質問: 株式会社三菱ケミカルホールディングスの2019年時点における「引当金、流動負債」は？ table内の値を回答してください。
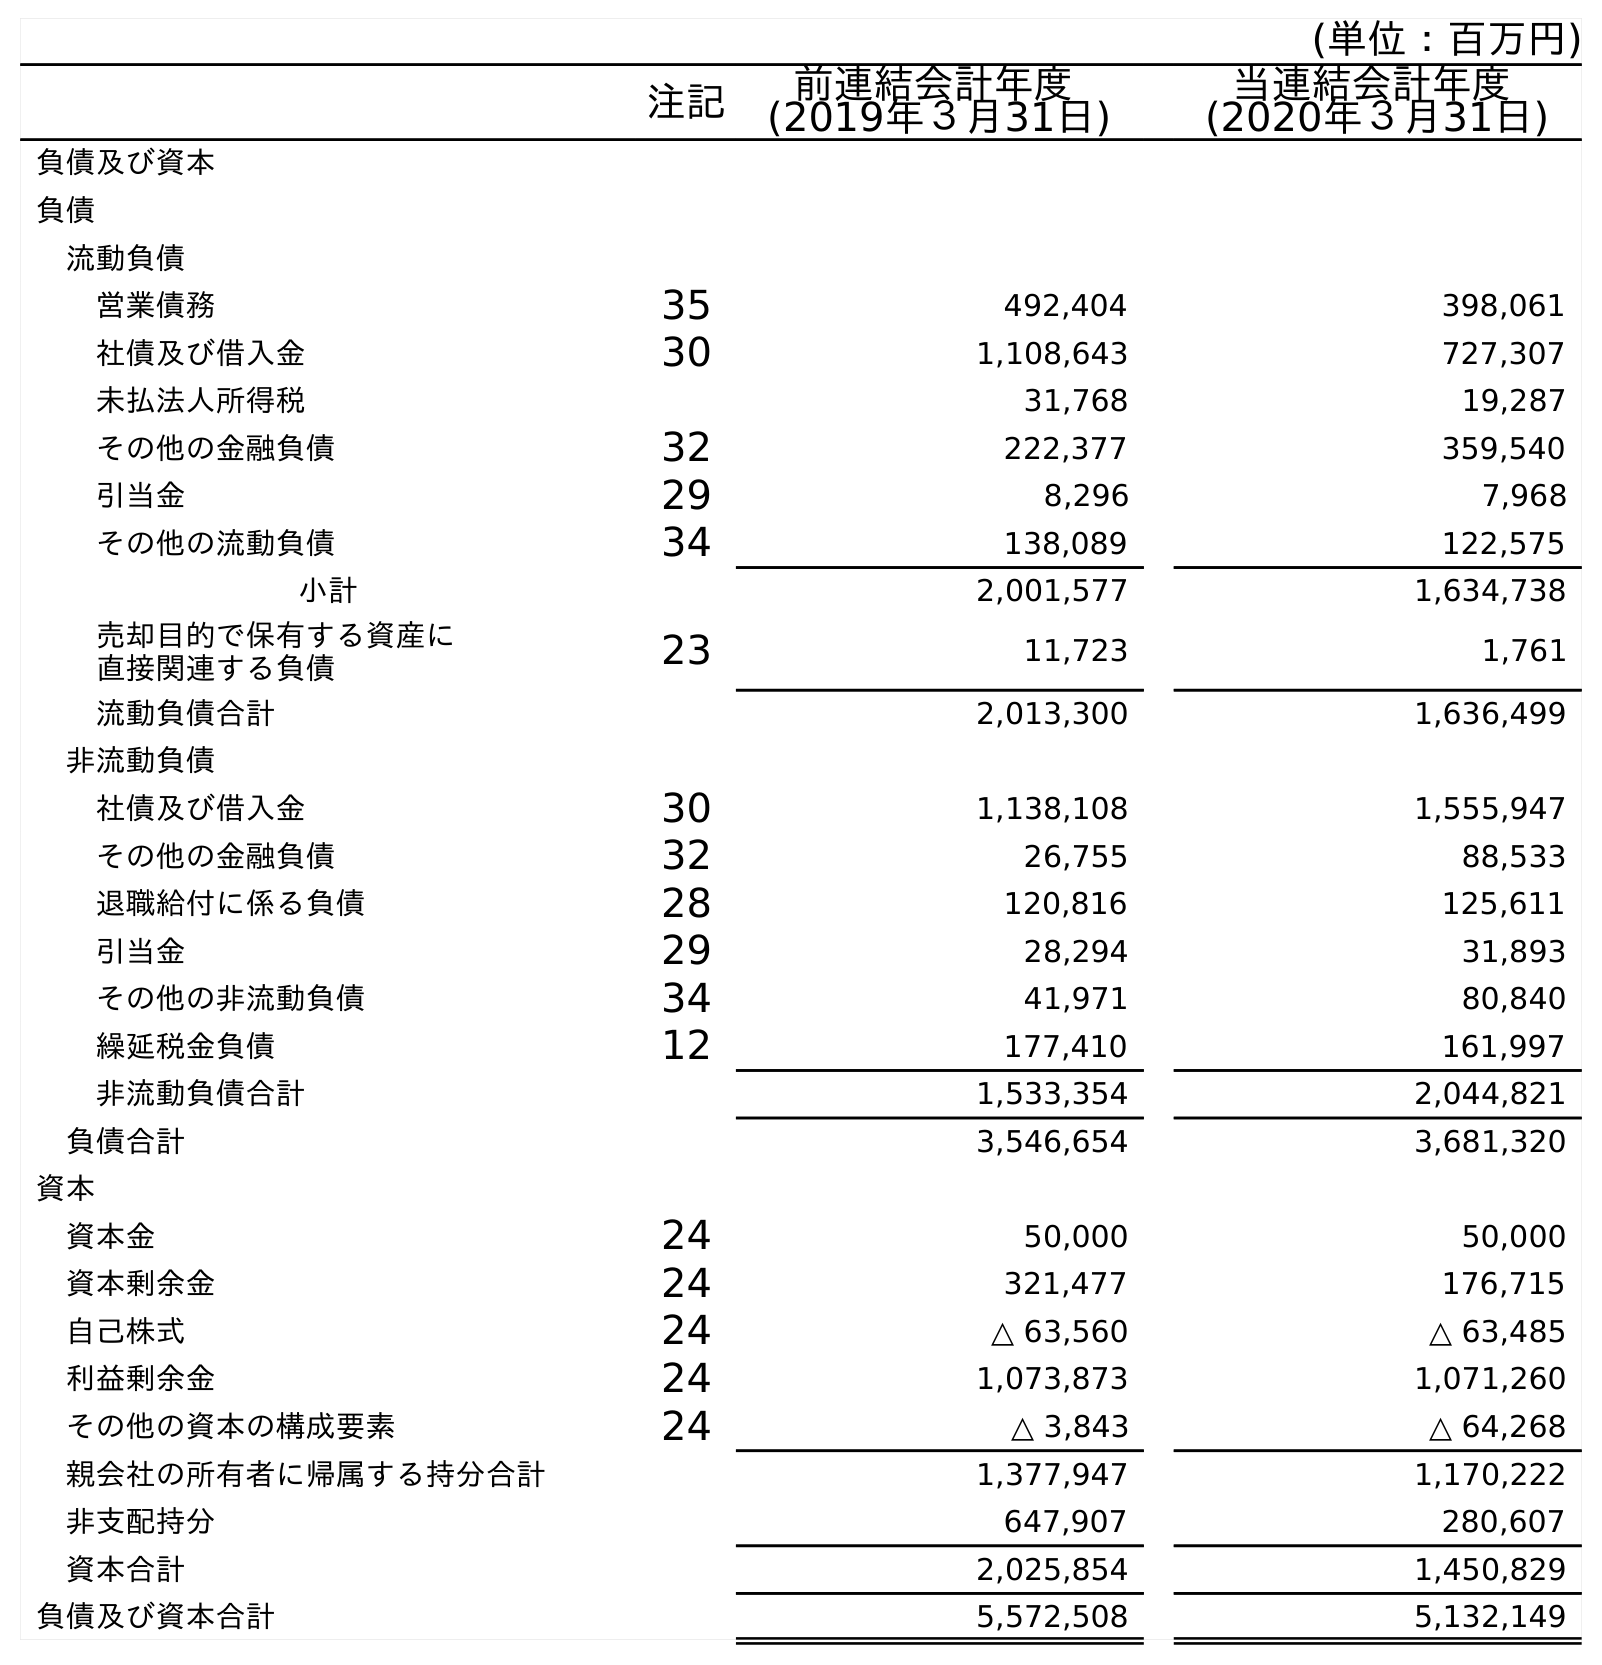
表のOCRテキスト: (単位：百万円) 注記 前連結会計年度 (2019年３月31日) 当連結会計年度 (2020年３月31日) 負債及び資本 負債 流動負債 営業債務 35 492,404 398,061 社債及び借入金 30 1,108,643 727,307 未払法人所得税 31,768 19,287 その他の金融負債 32 222,377 359,540 引当金 29 8,296 7,968 その他の流動負債 34 138,089 122,575 小計 2,001,577 1,634,738 売却目的で保有する資産に 直接関連する負債 23 11,723 1,761 流動負債合計 2,013,300 1,636,499 非流動負債 社債及び借入金 30 1,138,108 1,555,947 その他の金融負債 32 26,755 88,533 退職給付に係る負債 28 120,816 125,611 引当金 29 28,294 31,893 その他の非流動負債 34 41,971 80,840 繰延税金負債 12 177,410 161,997 非流動負債合計 1,533,354 2,044,821 負債合計 3,546,654 3,681,320 資本 資本金 24 50,000 50,000 資本剰余金 24 321,477 176,715 自己株式 24 △ 63,560 △ 63,485 利益剰余金 24 1,073,873 1,071,260 その他の資本の構成要素 24 △ 3,843 △ 64,268 親会社の所有者に帰属する持分合計 1,377,947 1,170,222 非支配持分 647,907 280,607 資本合計 2,025,854 1,450,829 負債及び資本合計 5,572,508 5,132,149
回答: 8,296